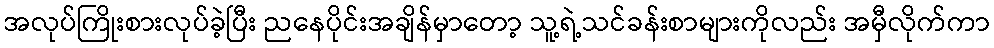
အလုပ်ကြိုးစားလုပ်ခဲ့ပြီး ညနေပိုင်းအချိန်မှာတော့ သူ့ရဲ့သင်ခန်းစာများကိုလည်း အမှီလိုက်ကာ